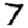
Digit: 7